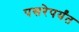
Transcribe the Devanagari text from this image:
पसरेपर्यंत